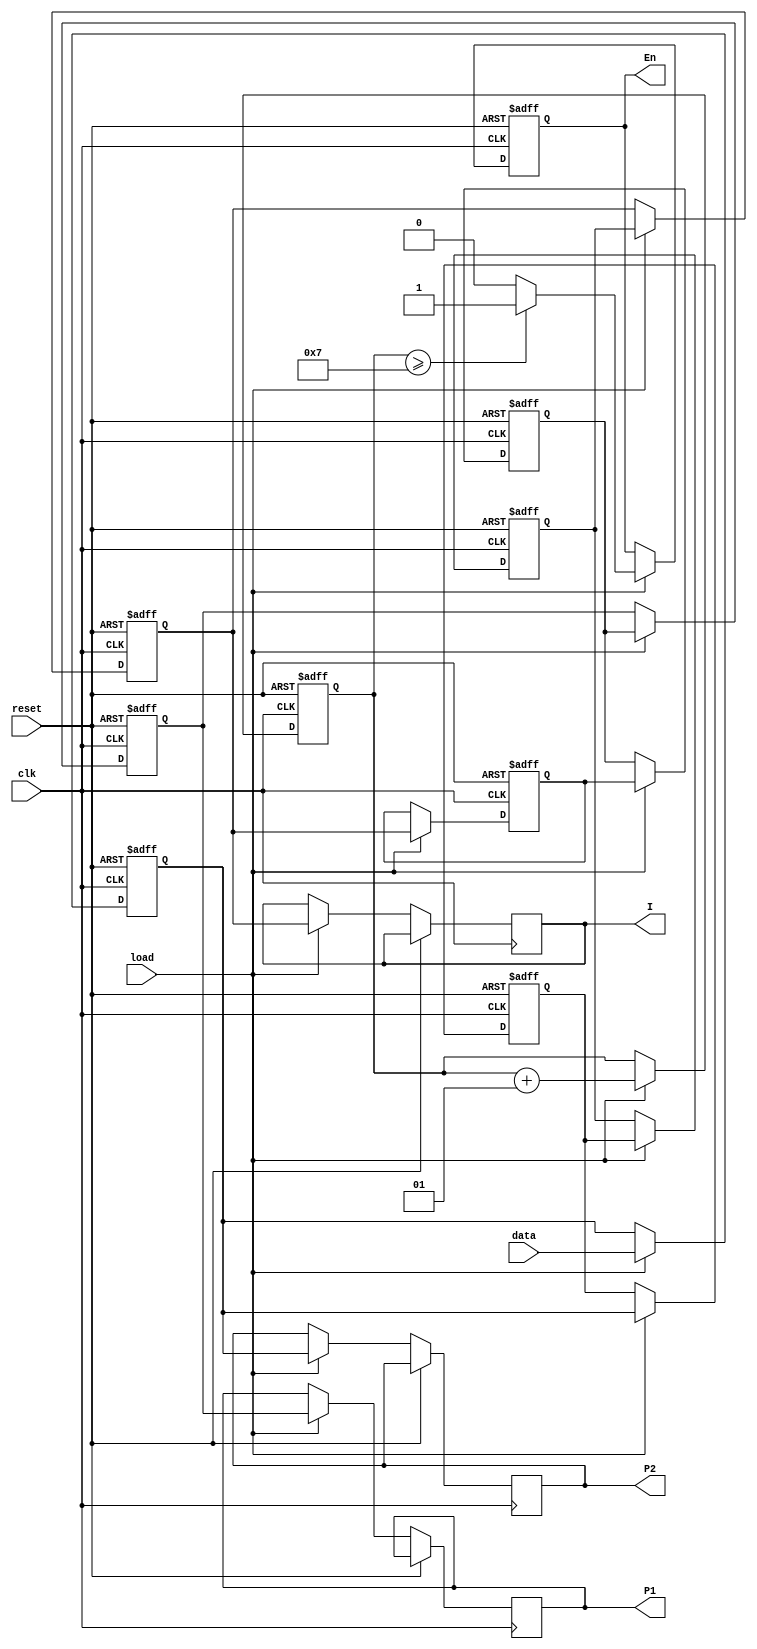
`timescale 1ns / 1ps
//////////////////////////////////////////////////////////////////////////////////
// Company: 
// Engineer: 
// 
// Design Name: 
// Module Name: shift_reg4
// Project Name: 
// Target Devices: 
// Tool Versions: 
// Description: 
// 
// Dependencies: 
// 
// Revision:
// Revision 0.01 - File Created
// Additional Comments:
// 
//////////////////////////////////////////////////////////////////////////////////


module shift_reg4(
output reg [7:0] I,P1,P2,
output reg En,
input [7:0] data,
input reset,clk,load
);
reg [7:0] memory1,memory2,memory3,memory4,memory5,memory6,memory7;
integer count;
always @(posedge clk,posedge reset)
begin
    if(reset)   begin
    memory1<=0;
    memory2<=0;
    memory3<=0;
    memory4<=0;
    memory5<=0;
    memory6<=0;
    memory7<=0;
    count<=0;
    En<=0;
    end
    else if(load)   begin count<=count+1;
    if(count>=7)    En=1;
    else En=0;
    I<=memory4;
    P1<=memory7;
    P2<=memory1;
    memory1<=data;
    memory2<=memory1;
    memory3<=memory2;
    memory4<=memory3;
    memory5<=memory4;
    memory6<=memory5;
    memory7<=memory6;end
    end
endmodule